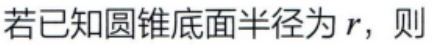
若已知圆锥底面半径为\(r\)，则